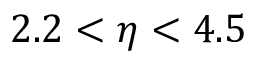
2 . 2 < \eta < 4 . 5